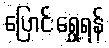
ပြောင်းရွှေ့ရန်